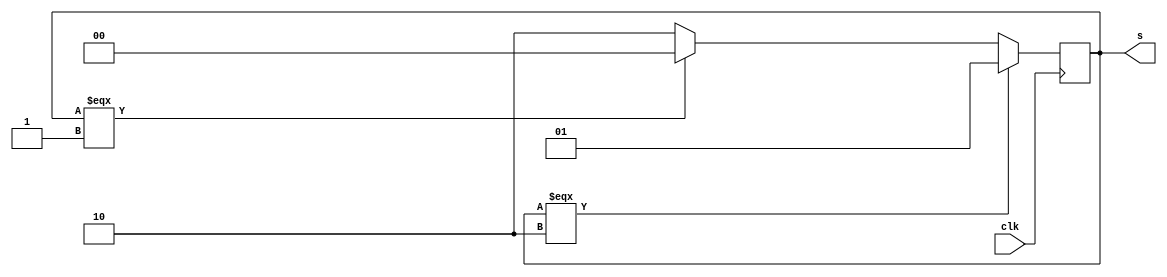
module cycler (
	input            clk,    // Clock
	output reg [1:0] s       // Select bits
	
);

always @(posedge clk) begin
	if (s===2'b10) begin
		s <= 2'b01;
	end
	else if (s===2'b01) begin
		s <= 2'b00;
	end
	else begin
		s <= 2'b10;
	end
end

endmodule